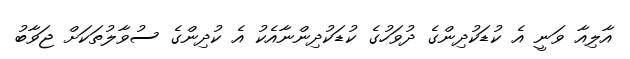
އާލިއާ ވަނީ އެ ކުޑަކުދިންގެ ދުވަހުގެ ކުޑަކުދިންނާއެކު އެ ކުދިންގެ ސުވާލުތަކަށް ޖަވާބު